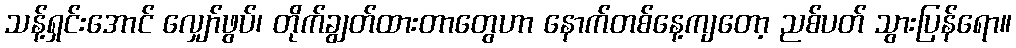
သန့်ရှင်းအောင် လျှော်ဖွပ်၊ တိုက်ချွတ်ထားတာတွေဟာ နောက်တစ်နေ့ကျတော့ ညစ်ပတ် သွားပြန်ရော။